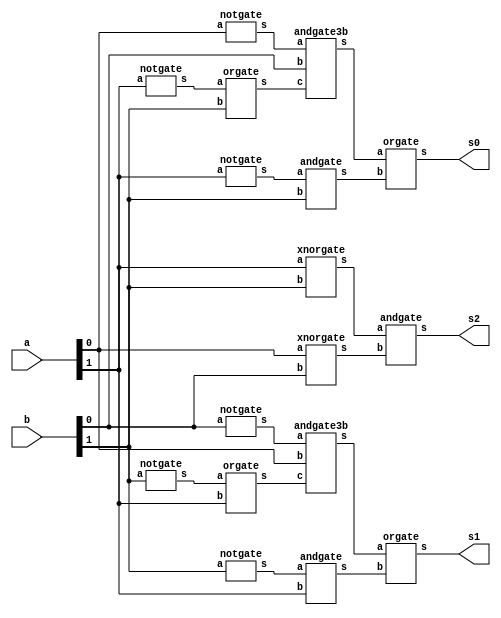
// -------------------------
// Exemplo0035  Comparador
// Nome: Jenifer Henrique Moreira Borges
// ------------------------- 
 
module comparador (output s0, output s1, output s2, input [1:0] a, input [1:0] b);

        wire w0,w1,w2,w3,w4,w5,w6,w7,n1,n2,n3,n4,n5,n6;
        notgate NOT1(n1,a[1]);
        orgate OR1(w0,n1,b[1]);
        notgate NOT2(n2,a[0]);
        andgate3b AND1(w1,n2,b[0],w0);
        notgate NOT3(n3,a[1]);
        andgate AND2(w2,n3,b[1]);
        orgate OR2(s0,w1,w2);
        
        notgate NOT4(n4,b[1]);
        orgate OR3(w3,n4,a[1]);
        notgate NOT5(n5,b[0]);
        andgate3b AND3(w4,n5,a[0],w3);
        notgate NOT6(n6,b[1]);
        andgate AND4(w5,n6,a[1]);
        orgate OR4(s1,w4,w5);

        xnorgate XOR1(w6,a[1],b[1]);
        xnorgate XOR2(w7,a[0],b[0]);
        andgate AND5(s2,w6,w7);
		  
endmodule //comparador

module norgate (output s,input a, input b);
  assign s = ~(a|b);
endmodule

module norgate3b (output s, input a, input b, input c);
  wire x;
  norgate NOR1(x,a,b);
  norgate NOR2(s,x,c);
endmodule

module norgate4b (output s,input a,input b,input c,input d);

  wire x,y;
  norgate NOR1(x,a,b);
  norgate NOR2(y,x,c);
  norgate NOR3(s,y,d);
endmodule


module notgate (output s,input a);
  assign s = ~a;
endmodule

module andgate3b (output s,input a,input b,input c);
  wire x;
  andgate AND1(x,a,b);
  andgate AND2(s,x,c);
endmodule

module andgate (output s, input a, input b);
  assign s = a & b;
endmodule

module xorgate (output s, input a, input b);
  assign s = a ^ b;
endmodule

module xnorgate (output s, input a, input b);
  assign s = ~(a ^ b);
endmodule

module orgate (output s, input a,  input b);
  assign s = a | b;
endmodule

module orgate3b (output s, input a, input b, input c);
  wire x;
  orgate OR1(x,a,b);
  orgate OR2(s,x,c);
endmodule

module teste_comparador;
// ------------------------- definir dados
      reg [1:0] x = 2'b00, y = 2'b00;
      wire s0,s1,s2;

      comparador comp(s0,s1,s2,x,y);

// ------------------------- parte principal 
 initial begin 
      $display("Exemplo0035 - Jenifer Henrique Moreira Borges - 427420");
      $display("Comparador\n");
		
      $monitor("%2b %2b -> maior=%1b maior=%1b igual=%1b",x,y,s1,s0,s2);
		
      #1 x=2'b00;    y = 2'b00;
      #1 x=2'b00;    y = 2'b01;
		#1 x=2'b10;    y = 2'b00;
      #1 x=2'b10;    y = 2'b11;
      #1 x=2'b11;    y = 2'b01;
      #1 x=2'b11;    y = 2'b10;
      #1 x=2'b01;    y = 2'b01;
      #1 x=2'b01;    y = 2'b10; 
 end
 
endmodule